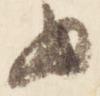
為